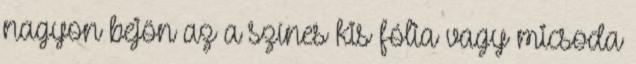
nagyon bejön az a színes kis fólia vagy micsoda